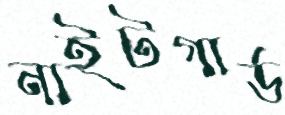
নাইটগার্ড